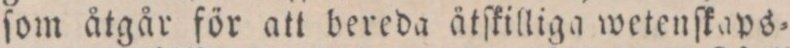
ſom åtgår för att bereda åtſkilliga wetenſkaps=